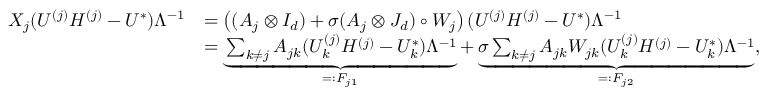
\begin{array} { r l } { X _ { j } ( U ^ { ( j ) } H ^ { ( j ) } - U ^ { * } ) \Lambda ^ { - 1 } } & { = \left( ( A _ { j } \otimes I _ { d } ) + \sigma ( A _ { j } \otimes J _ { d } ) \circ W _ { j } \right) ( U ^ { ( j ) } H ^ { ( j ) } - U ^ { * } ) \Lambda ^ { - 1 } } \\ & { = \underbrace { \sum _ { k \neq j } A _ { j k } ( U _ { k } ^ { ( j ) } H ^ { ( j ) } - U _ { k } ^ { * } ) \Lambda ^ { - 1 } } _ { = : F _ { j 1 } } + \underbrace { \sigma \sum _ { k \neq j } A _ { j k } W _ { j k } ( U _ { k } ^ { ( j ) } H ^ { ( j ) } - U _ { k } ^ { * } ) \Lambda ^ { - 1 } } _ { = : F _ { j 2 } } , } \end{array}